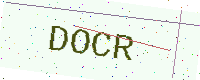
Text: DOCR